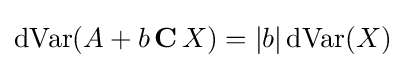
\operatorname {dVar} (A+b\,\mathbf {C} \,X)=|b|\operatorname {dVar} (X)